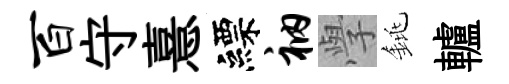
百守憙縹衲𭓕銚轤